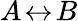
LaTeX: A\! \leftrightarrow\! B